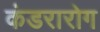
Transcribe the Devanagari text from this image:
कंडरारोग